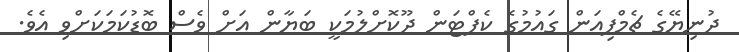
ދުނިޔޭގެ ޗެމްޕިއަން ގައުމުގެ ކެޕްޓަން ދޫކޮށްލުމަކީ ބަޔާން އަށް ވެސް ބޮޑުކަމަކަށްވި އެވެ.